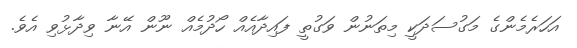
އަހަރެމެންގެ މަގުސަދަކީ މިތަނުން ވަގުތީ ފައިދާއެއް ހޯދުމެއް ނޫން އޭނާ ވިދާޅުވި އެވެ.